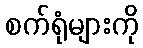
စက်ရုံများကို